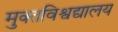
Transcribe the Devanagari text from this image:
मुक्तविश्वद्यालय